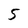
Character: 5